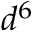
d ^ { 6 }